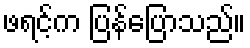
ဖရင့်က ပြန်ပြောသည်။